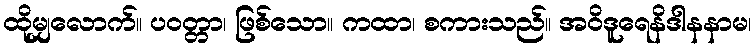
ထိုမျှလောက်။ ပဝတ္တာ၊ ဖြစ်သော။ ကထာ၊ စကားသည်။ အဝိဒူရေနိဒါနနာမ၊